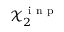
\mathcal { X } _ { 2 } ^ { \mathrm { ~ i ~ n ~ p ~ } }